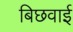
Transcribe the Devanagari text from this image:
बिछवाई